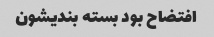
افتضاح بود بسته بندیشون